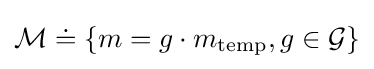
{\mathcal {M}}\doteq \{m=g\cdot m_{\mathrm {temp} },g\in {\mathcal {G}}\}